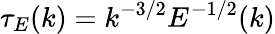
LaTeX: \tau_{E}(k)=k^{-3/2}E^{-1/2}(k)